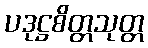
ပဒုဋ္ဌစိတ္တသုတ္တ